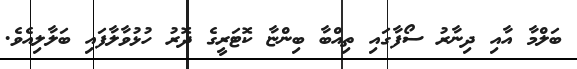
ބަލްމާ އާއި ދިނާރު ސޯފާގައި ތިއްބާ ބިންޏާ ކޮޓަރީގެ ދޮރު ހުޅުވާލާފައި ބަލާލިއެވެ.